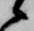
候